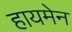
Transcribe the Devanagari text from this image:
हायमेन